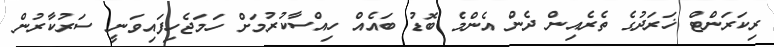
ރިކަރަންޓް ޚަރަދުގެ ތެރެއިން ދެން އެންމެ ބޮޑު ބައެއް ހިއްސާކުރުމަށް ހަމަޖެހިފައިވަނީ ސަރުކާރުން